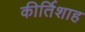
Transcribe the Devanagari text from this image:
कीर्तिशाह